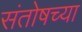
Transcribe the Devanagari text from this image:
संतोषच्या